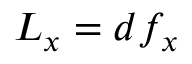
L _ { x } = d f _ { x }